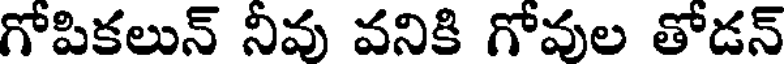
గోపికలున్ నీవు వనికి గోవుల తోడన్